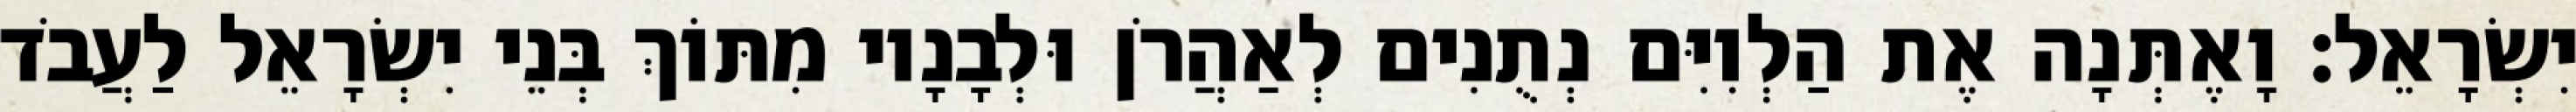
יִשְׂרָאֵל׃ וָאֶתְּנָה אֶת הַלְוִיִּם נְתֻנִים לְאַהֲרֹן וּלְבָנָיו מִתּוֹךְ בְּנֵי יִשְׂרָאֵל לַעֲבֹד